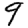
Digit: 9